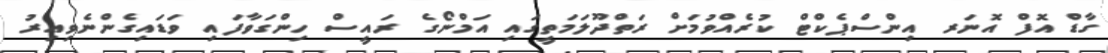
ގާޑް އޮފް އޮނަރ އިންސްޕެކްޓް ކުރެއްވުމަށް ރަތްދޫލަމަތީގައި އަމްނޯގެ ރައީސް ހިންގަވާފައި ވަޑައިގެންނެވިއިރު